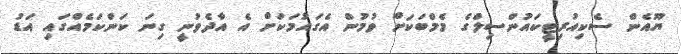
ޔޫއެން ސެކިއުރިޓީކައުންސިލްގެ މެމްބަަކަށް ވުމުން އެގައުމަކަށް އެ އާދެވުނީ ގިނަ ކަންކަމެއްގައި އަޑު